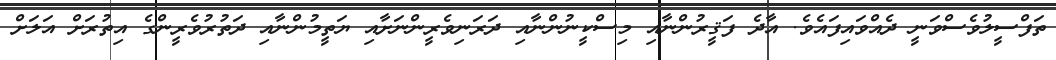
ތަފްސީލުވެސްވަނީ ދެއްވައިފައެވެ. އާދެ ފަޤީރުންނާއި މިސްކީނުންނާއި ދަރަނިވެރީންނަށާއި ޔަތީމުންނާއި ދަތުރުވެރީންގެ އިތުރަށް އަލަށް